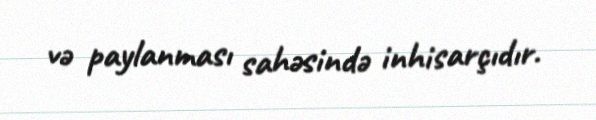
və paylanması sahəsində inhisarçıdır.